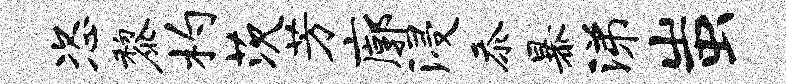
恣黎杓茨芳廓浸忝暴涕蚩